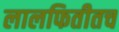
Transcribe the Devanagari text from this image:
लालफितीतच